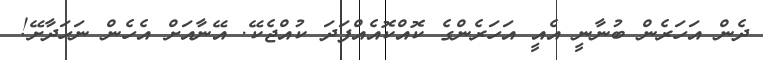
ދެން އަހަރެން ބުނާނީ އެއީ އަހަރެންގެ ކޮއްކޮއެއްފަދަ ކުއްޖެކޭ. އޭނާއަށް އެހެން ނަހަދާށޭ!